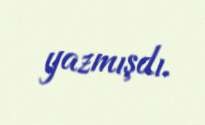
yazmışdı.